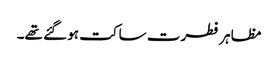
مظاہر فطرت ساکت ہو گئے تھے۔